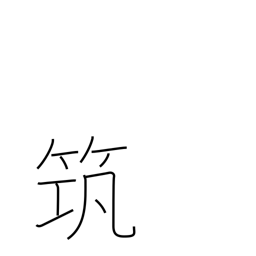
Meaning: an ancient musical instrument